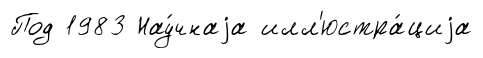
Под 1983 Нау́чнаjа илл'юстра́циjа